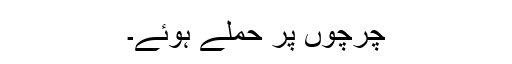
چرچوں پر حملے ہوئے۔